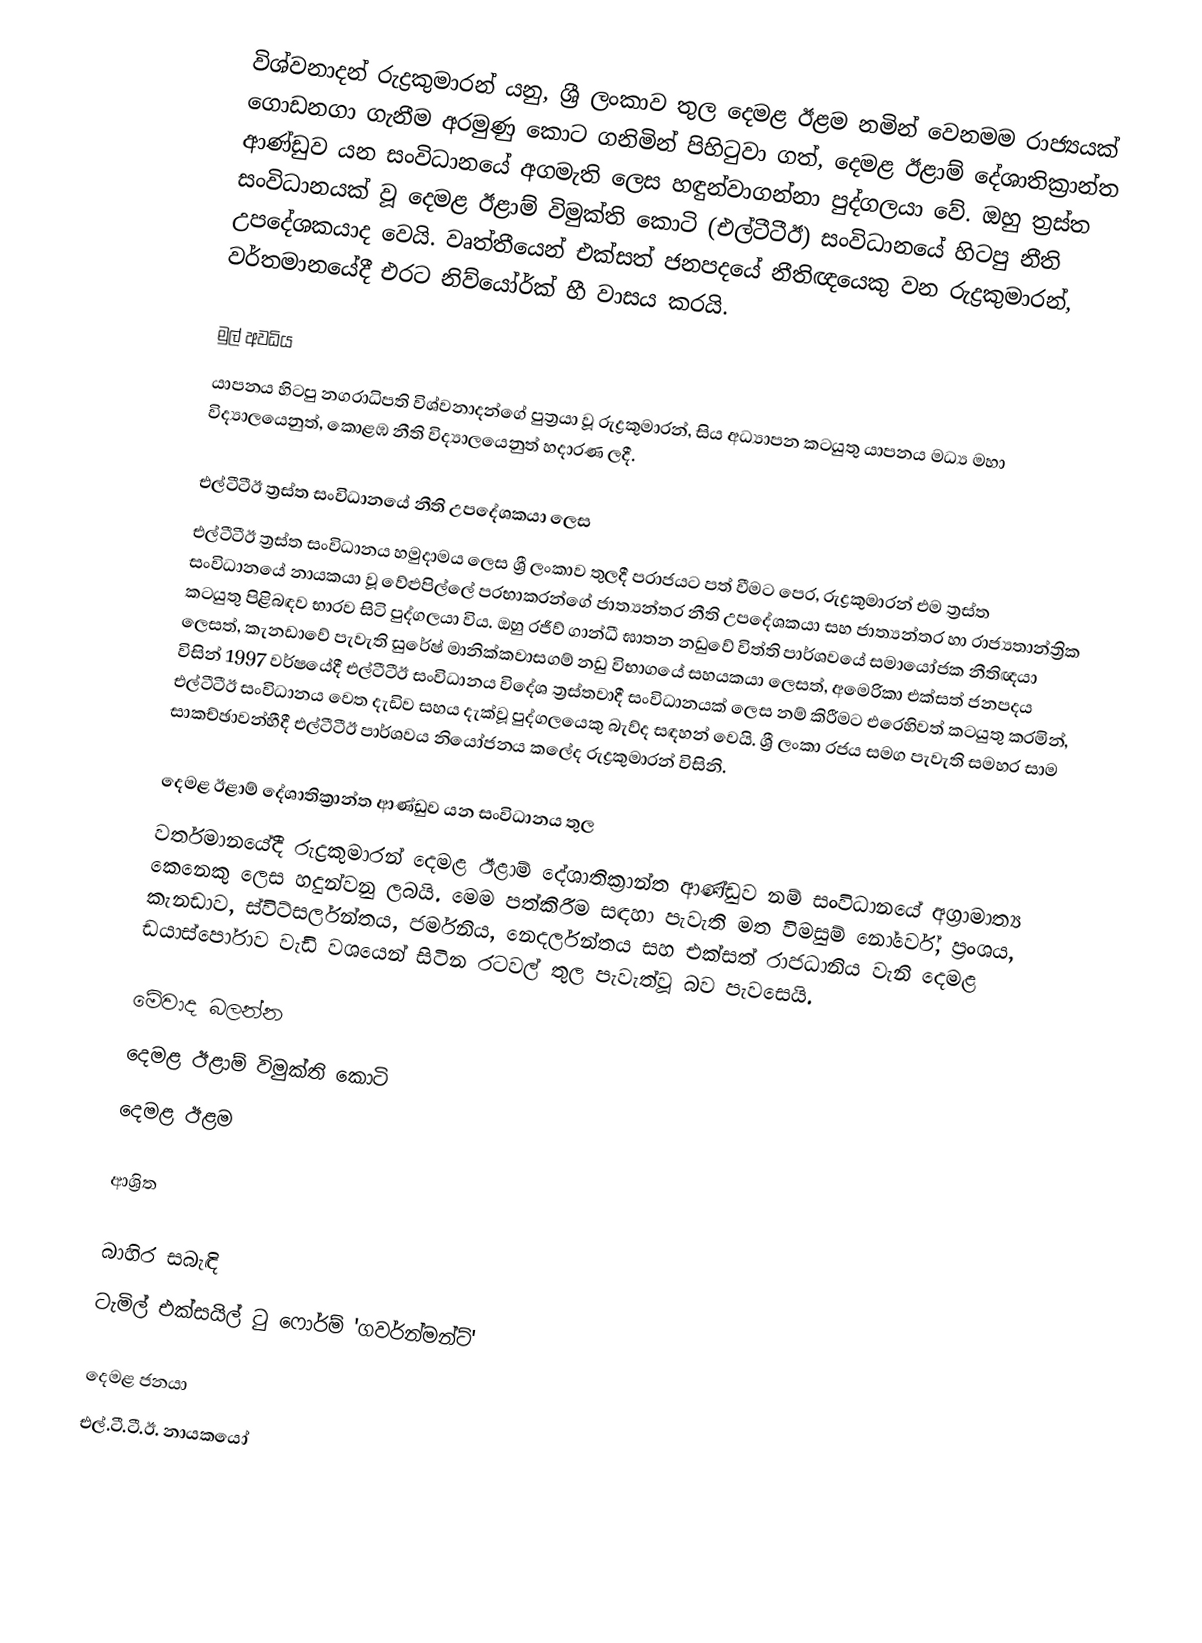
විශ්වනාදන් රුද්‍රකුමාරන් යනු, ශ්‍රී ලංකාව තුල දෙමළ ඊළම නමින් වෙනමම රාජ්‍යයක් ගොඩනගා ගැනීම අරමුණු කොට ගනිමින් පිහිටුවා ගත්, දෙමළ ඊළාම් දේශාතික්‍රාන්ත ආණ්ඩුව යන සංවිධානයේ අගමැති ලෙස හඳුන්වාගන්නා පුද්ගලයා වේ. ඔහු ත්‍රස්ත සංවිධානයක් වූ දෙමළ ඊළාම් විමුක්ති කොටි (එල්ටීටීඊ) සංවිධානයේ හිටපු නීති උපදේශකයාද වෙයි. වෘත්තීයෙන් එක්සත් ජනපදයේ නීතිඥයෙකු වන රුද්‍රකුමාරන්, වර්තමානයේදී එරට නිව්යෝර්ක් හී වාසය කරයි.

මුල් අවධිය
යාපනය හිටපු නගරාධිපති විශ්වනාදන්ගේ පුත්‍රයා වූ රුද්‍රකුමාරන්, සිය අධ්‍යාපන කටයුතු යාපනය මධ්‍ය මහා විද්‍යාලයෙනුත්, කොළඹ නීති විද්‍යාලයෙනුත් හදාරණ ලදී.

එල්ටීටීඊ ත්‍රස්ත සංවිධානයේ නීති උපදේශකයා ලෙස
එල්ටීටීඊ ත්‍රස්ත සංවිධානය හමුදාමය ලෙස ශ්‍රී ලංකාව තුලදී පරාජයට පත් වීමට පෙර, රුද්‍රකුමාරන් එම ත්‍රස්ත සංවිධානයේ නායකයා වූ වේළුපිල්ලේ ප‍්‍රභාකරන්ගේ ජාත්‍යන්තර නීති උපදේශකයා සහ ජාත්‍යන්තර හා රාජ්‍යතාන්ත්‍රික කටයුතු පිළිබඳව භාරව සිටි පුද්ගලයා විය. ඔහු රජීව් ගාන්ධී ඝාතන නඩුවේ විත්ති පාර්ශවයේ සමායෝජක නීතිඥයා ලෙසත්, කැනඩාවේ පැවැති සුරේෂ් මානික්කවාසගම් නඩු විභාගයේ සහයකයා ලෙසත්, අමෙරිකා එක්සත් ජනපදය විසින් 1997 වර්ෂයේදී එල්ටීටීඊ සංවිධානය විදේශ ත්‍රස්තවාදී සංවිධානයක් ලෙස නම් කිරීමට එරෙහිවත් කටයුතු කරමින්, එල්ටීටීඊ සංවිධානය වෙත දැඩිව සහය දැක්වූ පුද්ගලයෙකු බැව්ද සඳහන් වෙයි. ශ්‍රී ලංකා රජය සමග පැවැති සමහර සාම සාකච්ඡාවන්හීදී එල්ටීටීඊ පාර්ශවය නියෝජනය කලේද රුද්‍රකුමාරන් විසිනි.

දෙමළ ඊළාම් දේශාතික්‍රාන්ත ආණ්ඩුව යන සංවිධානය තුල
වර්තමානයේදී රුද්‍රකුමාරන් දෙමළ ඊළාම් දේශාතික්‍රාන්ත ආණ්ඩුව නම් සංවිධානයේ අග්‍රාමාත්‍ය කෙනෙකු ලෙස හදුන්වනු ලබයි. මෙම පත්කිරීම සඳහා පැවැති මත විමසුම් නෝර්වේ, ප්‍රංශය, කැනඩාව, ස්විට්සර්ලන්තය, ජර්මනිය, නෙදර්ලන්තය සහ එක්සත් රාජධානිය වැනි දෙමළ ඩයාස්පෝරාව වැඩි වශයෙන් සිටින රටවල් තුල පැවැත්වූ බව පැවසෙයි.

මේවාද බලන්න
දෙමළ ඊළාම් විමුක්ති කොටි
දෙමළ ඊළම

ආශ්‍රිත

බාහිර සබැඳි
ටැමිල් එක්සයිල් ටු ෆොර්ම් 'ගවර්න්මන්ට්'

දෙමළ ජනයා
එල්.ටී.ටී.ඊ. නායකයෝ